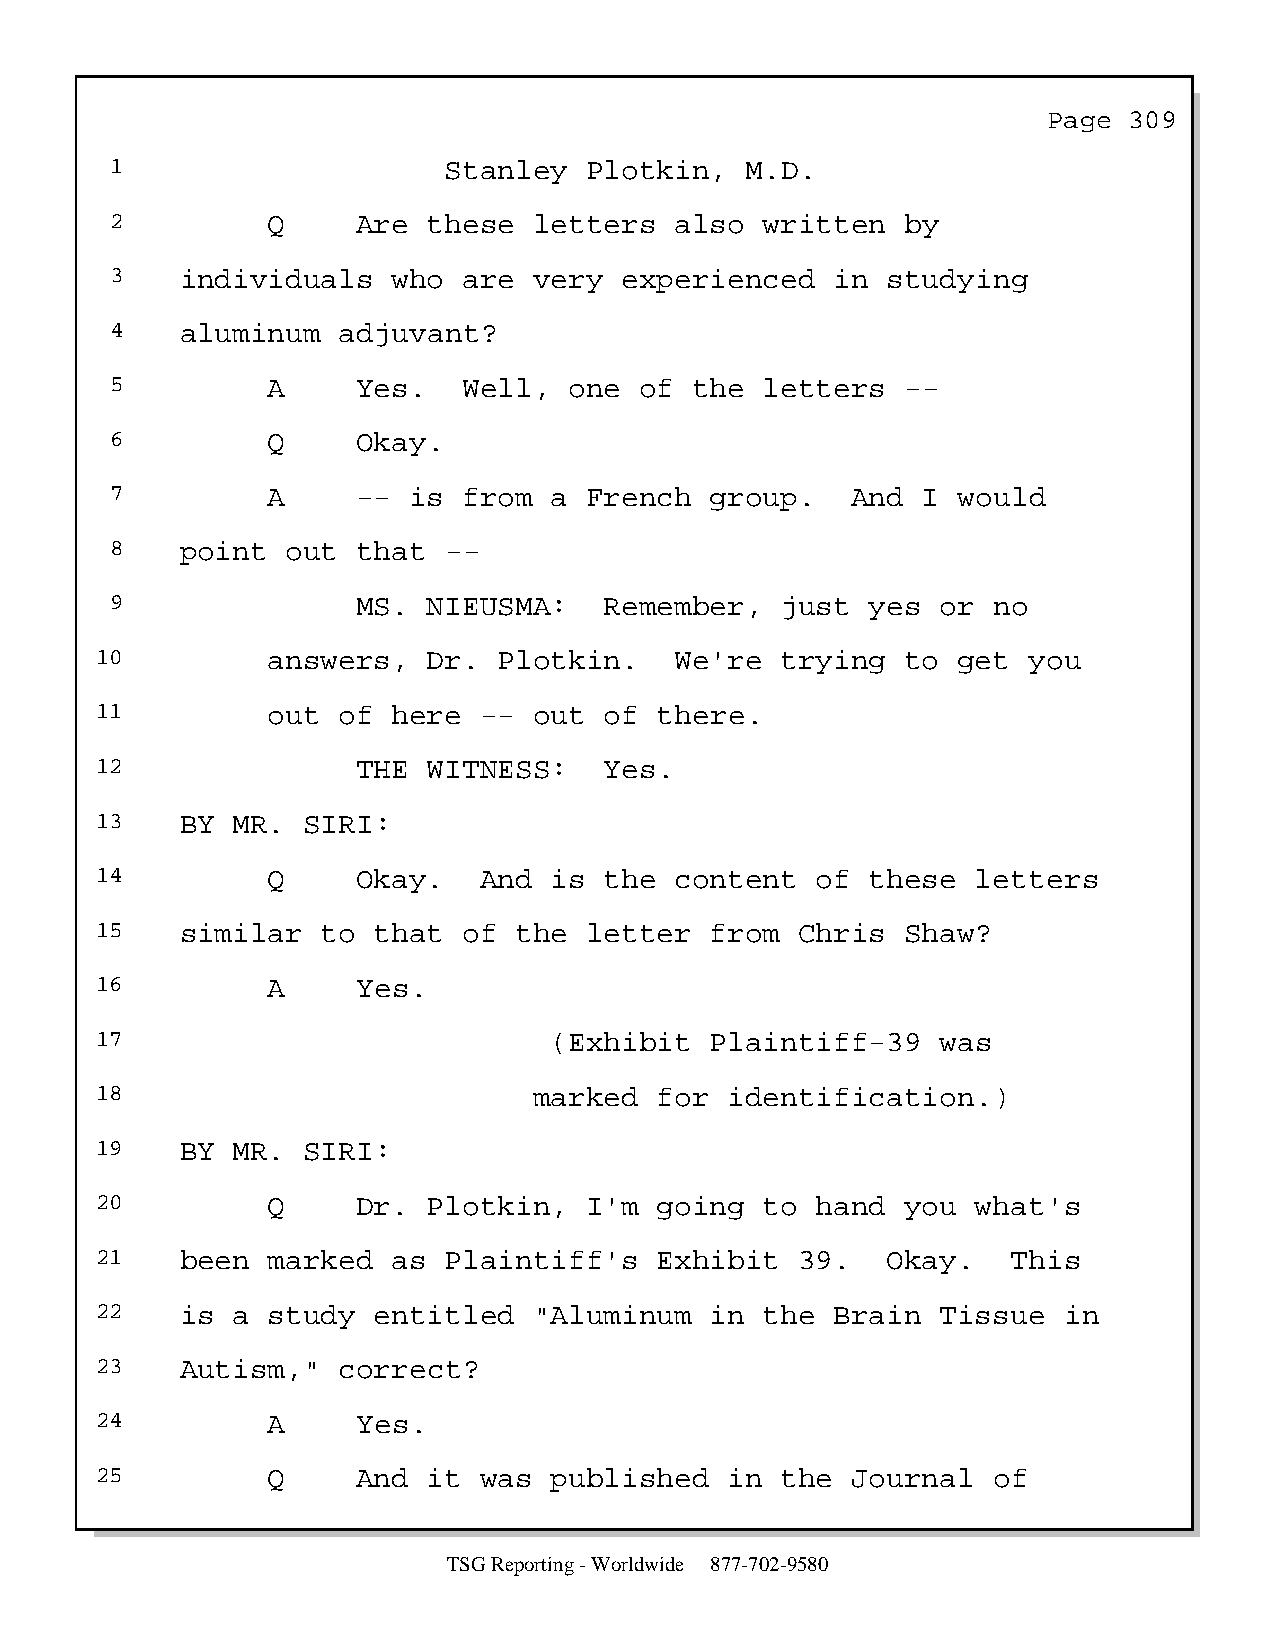
Page  309
 1                     Stanley   Plotkin,  M.D.
 2          Q     Are these  letters   also  written  by
 3    individuals   who  are very  experienced   in  studying
 4    aluminum  adjuvant?
 5          A     Yes.   Well,  one of  the  letters  --
 6          Q     Okay.
 7          A     -- is  from a  French  group.   And  I would
 8    point  out  that --
 9                MS. NIEUSMA:    Remember,   just  yes or  no
 10          answers,  Dr.  Plotkin.    We're  trying  to get  you
 11          out of  here  -- out  of  there.
 12                THE WITNESS:    Yes.
 13    BY MR.  SIRI:
 14          Q     Okay.   And is  the  content  of  these  letters
 15    similar  to  that  of the  letter  from  Chris  Shaw?
 16          A     Yes.
 17                            (Exhibit   Plaintiff-39   was
 18                           marked   for identification.)
 19    BY MR.  SIRI:
 20          Q     Dr. Plotkin,   I'm  going  to hand  you  what's
 21    been  marked  as Plaintiff's    Exhibit  39.   Okay.   This
 22    is a  study  entitled  "Aluminum   in  the Brain  Tissue  in
 23    Autism,"  correct?
 24          A     Yes.
 25          Q     And it  was published   in  the Journal   of
 TSG Reporting - Worldwide 877-702-9580